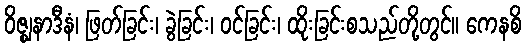
ဝိဇ္ဈနာဒီနံ၊ ဖြတ်ခြင်း၊ ခွဲခြင်း၊ ဝင်ခြင်း၊ ထိုးခြင်းစသည်တို့တွင်။ ကေနစိ